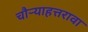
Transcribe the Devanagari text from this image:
चौर्‍याहत्तरावा